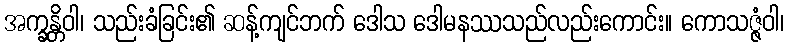
အက္ခန္တိဝါ၊ သည်းခံခြင်း၏ ဆန့်ကျင်ဘက် ဒေါသ ဒေါမနဿသည်လည်းကောင်း။ ကောသဇ္ဇံဝါ၊